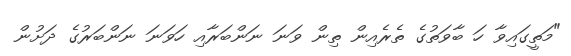
"މަތީގައިވާ ހަ ބާވަތުގެ ތެރެއިން ތިން ވަނަ ނަންބަރާއި ހަވަނަ ނަންބަރުގެ ދަށުން